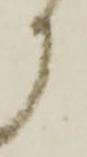
か